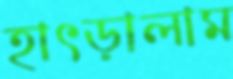
হাৎড়ালাম